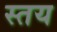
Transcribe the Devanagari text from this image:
स्तय